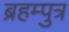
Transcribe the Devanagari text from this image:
ब्रहम्पुत्र